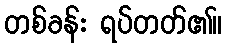
တစ်ခန်း ရပ်တတ်၏။